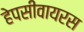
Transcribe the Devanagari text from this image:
हेपसीवायरस